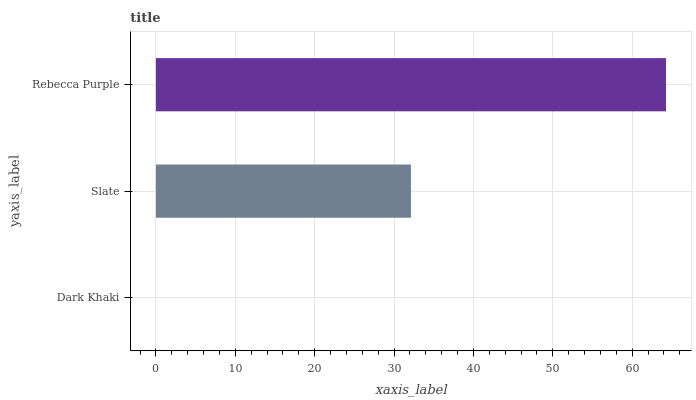
| yaxis_label | bars |
 | --- | --- |
 | Dark Khaki | 0 |
 | Slate | 32.1 |
 | Rebecca Purple | 64.3 |